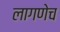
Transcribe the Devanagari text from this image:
लागणेच